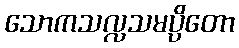
သောကသလ္လသမပ္ပိတော